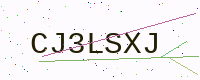
Text: CJ3LSXJ